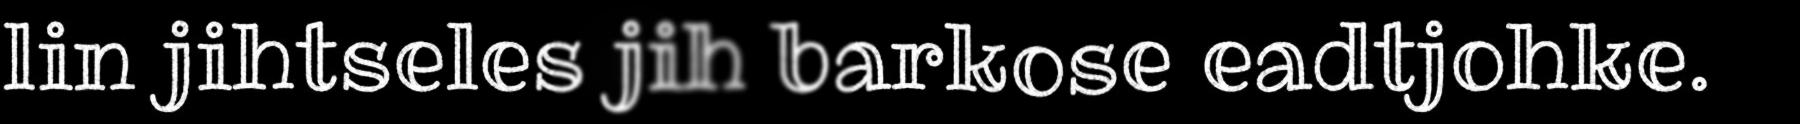
lin jihtseles jih barkose eadtjohke.